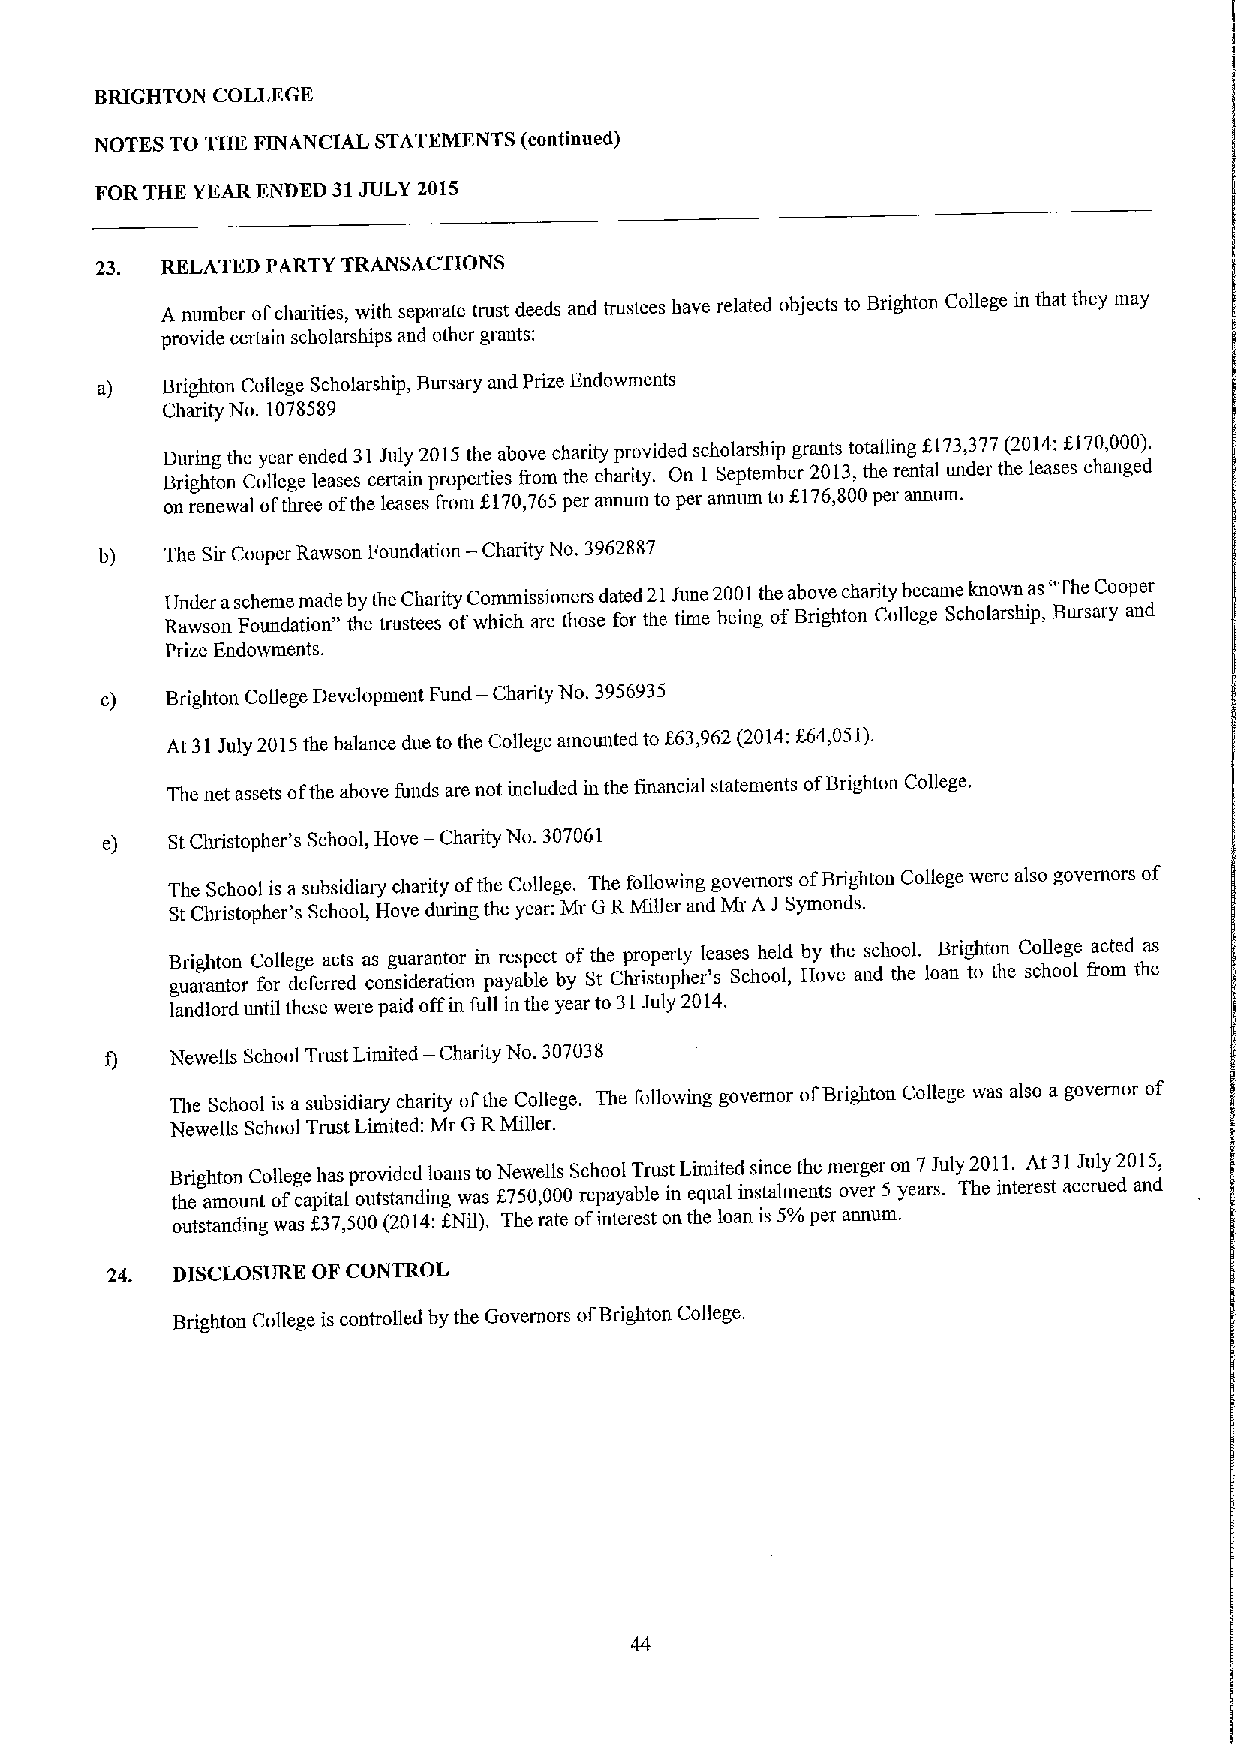
BRIGHTON COLLEGE
 NOTES TO THE FINANCIAL STATEMENTS (continued)
 FOR THE YEAR ENDED 31JULY 2015
 23.  RELATED PARTY TRANSACTIONS
 A number ofcharities, with separate trust deeds and trustees have related objects to Brighton College in that they may
 provide certain scholarships and other grants:
 a)   Brighton College Scholarship, Bursary and Prize Endowments
 Charity No. 1078589
 During the year ended 31July 2015the above charity provided scholarship grants totalling
 f173,377(2014:EI70,000).
 Brighton College leases certain properties from the charity. On 1 September 2013,the rental under the leases changed
 on renewal ofthree ofthe leases &om 8170,765per annum to per annum to 8176,800per annum.
 b)  The Sir Cooper Rawson Foundation — Charity No. 3962887
 Under ascheme made bythe Charity Commissioners dated 21June 2001the above charity became known as"TheCooper
 Rawson Foundation" the trustees ofwhich are those for the time being ofBrighton College Scholarship, Bursary and
 Prize Endowments.
 c)  Brighton College Development Fund — Charity No. 3956935
 At 31July 2015the balance due to the College amounted to
 f63,962(2014:Bi4,051).
 The net assets ofthe above funds are not included in the financial statements ofBrighton College.
 e)  StChristopher's School, Hove — Charity No. 307061
 The School is asubsidiary charity ofthe College. The following governors ofBrighton College were also governors of
 StChristopher's School, Hove during the year: Mr GRMiller and Mr A JSymonds.
 Brighton Cofiege acts as guarantor in respect of the property leases held by the school. Brighton College acted as
 guarantor for deferred consideration payable by St Christopher's School, Hove and the loan to the school fiom the
 landlord until these were paid offin full in the year to 31July 2014.
 f)  Newells School Trust Limited — Charity No. 307038
 The School is a subsidiary charity ofthe College. The following governor ofBrighton College was also a governor of
 Newells School Trust Limited: Mr GRMiller.
 Brighton College has provided loans to Newells School Trust Limited since the merger on 7July 2011.At 31July 2015,
 the amount ofcapital outstanding was f750,000 repayable in equal instahnents over 5 years. The interest accrued and
 outstanding was f37,500(2014:fNil). The rate ofinterest on the loan is 5%per annum.
 24. DISCLOSURE OF CONTROL
 Brighton College is controlled by the Governors ofBrighton College.